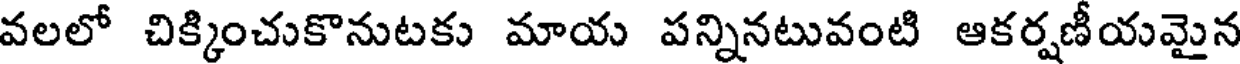
వలలో చిక్కించుకొనుటకు మాయ పన్నినటువంటి ఆకర్షణీయమైన